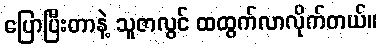
ပြောပြီးတာနဲ့ သူဇာလွင် ထထွက်လာလိုက်တယ်။